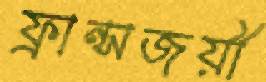
ফ্রান্সজয়ী